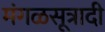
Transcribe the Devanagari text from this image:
मंगळसूत्रादी